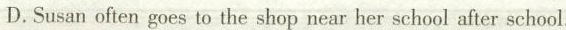
D.Susan often goes to the shop near her school after school.